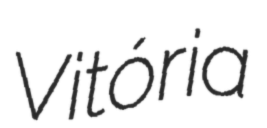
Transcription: Vitória